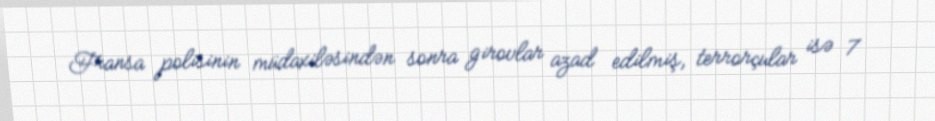
Fransa polisinin müdaxiləsindən sonra girovlar azad edilmiş, terrorçular isə 7